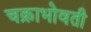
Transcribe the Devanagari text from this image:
चक्राभोवती